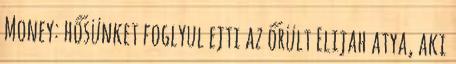
Money: hősünket foglyul ejti az őrült Elijah atya, aki